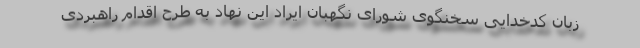
زبان کدخدایی سخنگوی شورای نگهبان ایراد این نهاد به طرح اقدام راهبردی